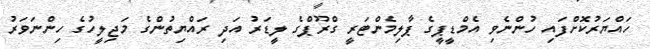
ހައްޔަރުކޮށްފައި ހުންނެވި އެމްޑީޕީގެ ޕާލިމެންޓަރީ ގްރޫޕްގެ ލީޑަރު އަދި ރައްޔިތުންގެ މަޖިލީހުގެ ހިންނަވަރު